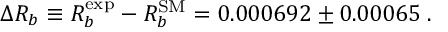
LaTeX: \Delta R _ { b } \equiv R _ { b } ^ { \mathrm { e x p } } - R _ { b } ^ { \mathrm { S M } } = 0 . 0 0 0 6 9 2 \pm 0 . 0 0 0 6 5 \; .